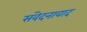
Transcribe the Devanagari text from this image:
संवेदनावाद